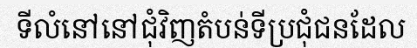
ទីលំនៅនៅជុំវិញតំបន់ទីប្រជុំជនដែល